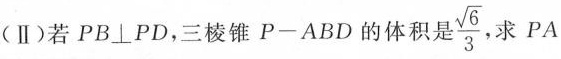
(II)若PB \bot PD，三棱锥Р-ABD的体积是\frac { \sqrt { 6 } } { 3 }，求PA